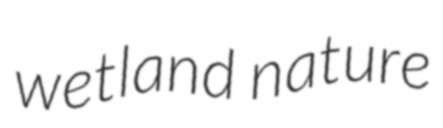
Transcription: wetland nature